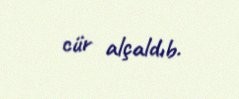
cür alçaldıb.